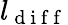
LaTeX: l_{\mathrm{~d~i~f~f~}}